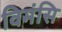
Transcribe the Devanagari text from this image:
विमंसि